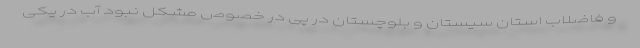
و فاضلاب استان سیستان و بلوچستان در پی در خصوص مشکل نبود آب در یکی